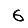
Digit: 6